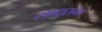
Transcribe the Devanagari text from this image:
साधुसंग